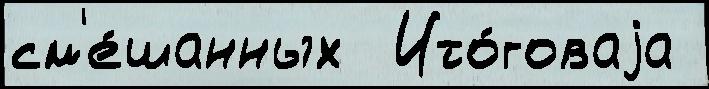
см'е́шанных  Ито́говаjа